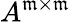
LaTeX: A^{\mathfrak{m}\times\mathfrak{m}}